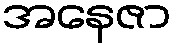
အနေဇာ